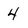
Character: 4